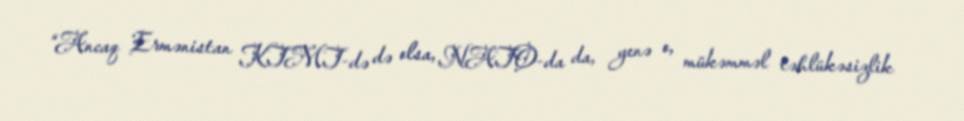
“Ancaq Ermənistan KTMT-də də olsa, NATO-da da, yenə o, mükəmməl təhlükəsizlik